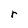
Character: r